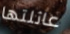
عائلتها